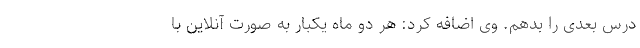
درس بعدی را بدهم. وی اضافه کرد: هر دو ماه یکبار به صورت آنلاین با